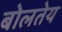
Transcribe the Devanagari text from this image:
बोलतेय